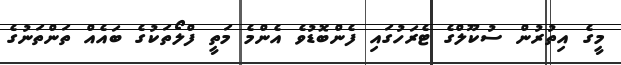
މީގެ އިތުރުން ސުކޫލްގެ ޓެރަހުގައި ފެންބޮޑުވެ އެންމެ މަތީ ފްލޯތަކުގެ ބައެއް ތަންތަނުގެ